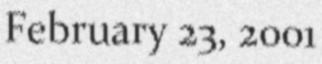
February 23, 2001